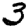
Digit: 3